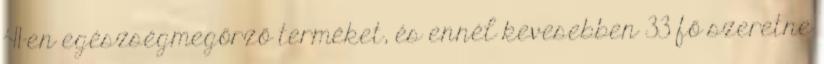
41-en egészségmegőrző terméket, és ennél kevesebben 33 fő szeretne